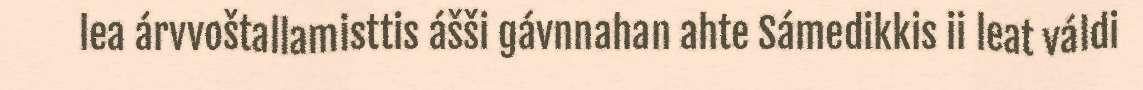
lea árvvoštallamisttis ášši gávnnahan ahte Sámedikkis ii leat váldi